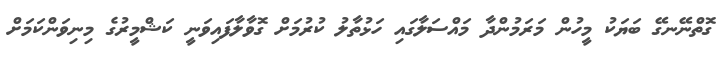
ގޮތްނޭނގޭ ބަޔަކު މީހުން މަރަމުންދާ މައްސަލާގައި ހަޅުތާލު ކުރުމަށް ގޮވާލާފައިވަނީ ކަޝްމީރުގެ މިނިވަންކަމަށް